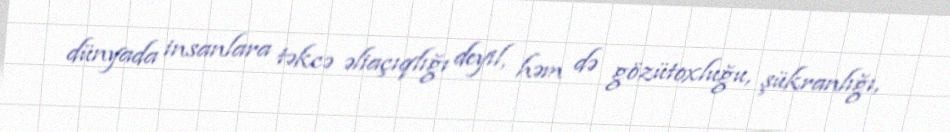
dünyada insanlara təkcə əliaçıqlığı deyil, həm də gözütoxluğu, şükranlığı,